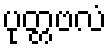
ပုတ္တဗလံ